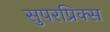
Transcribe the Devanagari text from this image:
सुपरप्रिक्स